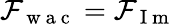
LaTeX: \mathcal{F}_{\mathrm{~w~a~c~}}=\mathcal{F}_{\mathrm{~I~m~}}